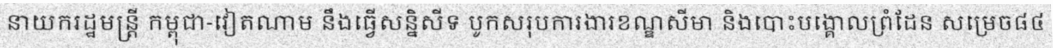
នាយករដ្ឋមន្ត្រី កម្ពុជា-វៀតណាម នឹងធ្វើសន្និសីទ បូកសរុបការងារខណ្ឌសីមា និងបោះបង្គោលព្រំដែន សម្រេច៨៤